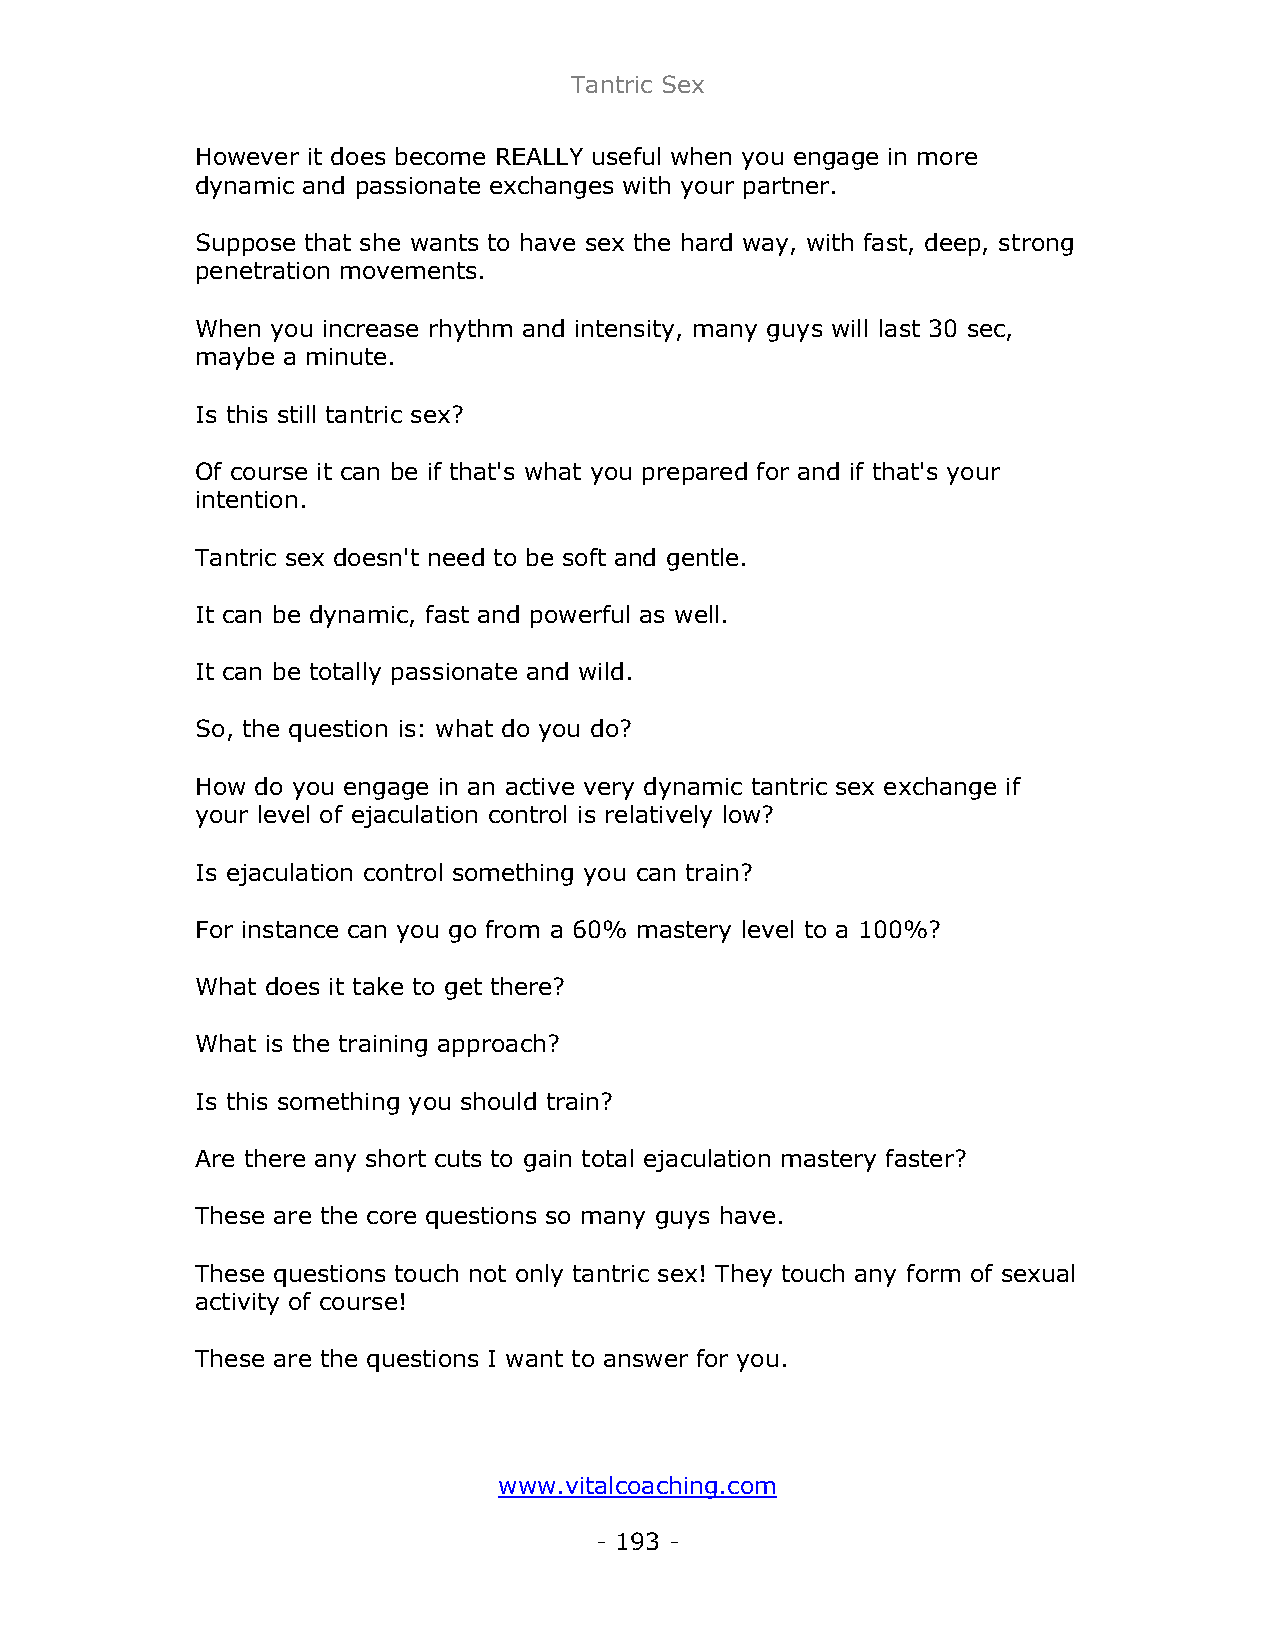
Tantric Sex
 However it does become REALLY useful when you engage in more
 dynamic and passionate exchanges with your partner.
 Suppose that she wants to have sex the hard way, with fast, deep, strong
 penetration movements.
 When you increase rhythm and intensity, many guys will last 30 sec,
 maybe a minute.
 Is this still tantric sex?
 Of course it can be if that's what you prepared for and if that's your
 intention.
 Tantric sex doesn't need to be soft and gentle.
 It can be dynamic, fast and powerful as well.
 It can be totally passionate and wild.
 So, the question is: what do you do?
 How do you engage in an active very dynamic tantric sex exchange if
 your level of ejaculation control is relatively low?
 Is ejaculation control something you can train?
 For instance can you go from a 60% mastery level to a 100%?
 What does it take to get there?
 What is the training approach?
 Is this something you should train?
 Are there any short cuts to gain total ejaculation mastery faster?
 These are the core questions so many guys have.
 These questions touch not only tantric sex! They touch any form of sexual
 activity of course!
 These are the questions I want to answer for you.
 www.vitalcoaching.com
 - 193 -